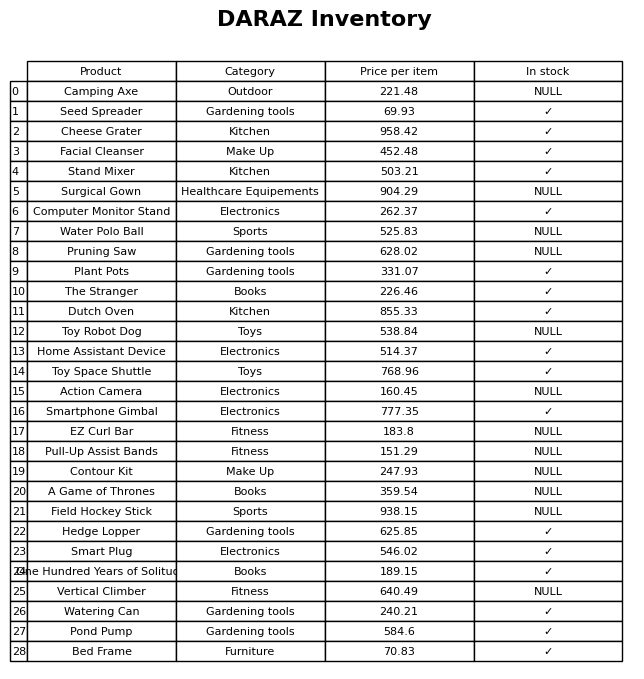
question: What is the price for Pruning Saw?
answer: The price of Pruning Saw is 628.02.